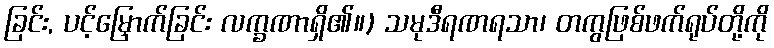
ခြင်း, ပင့်မြှောက်ခြင်း လက္ခဏာရှိ၏။) သမုဒီရဏရသာ၊ တကွဖြစ်ဖက်ရုပ်တို့ကို